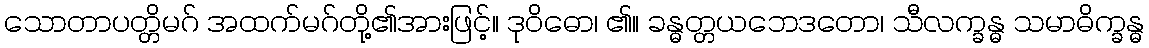
သောတာပတ္တိမဂ် အထက်မဂ်တို့၏အားဖြင့်။ ဒုဝိဓော၊ ၏။ ခန္ဓတ္တယဘေဒတော၊ သီလက္ခန္ဓ သမာဓိက္ခန္ဓ